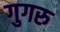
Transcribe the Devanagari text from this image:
गुगरु